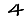
Digit: 4